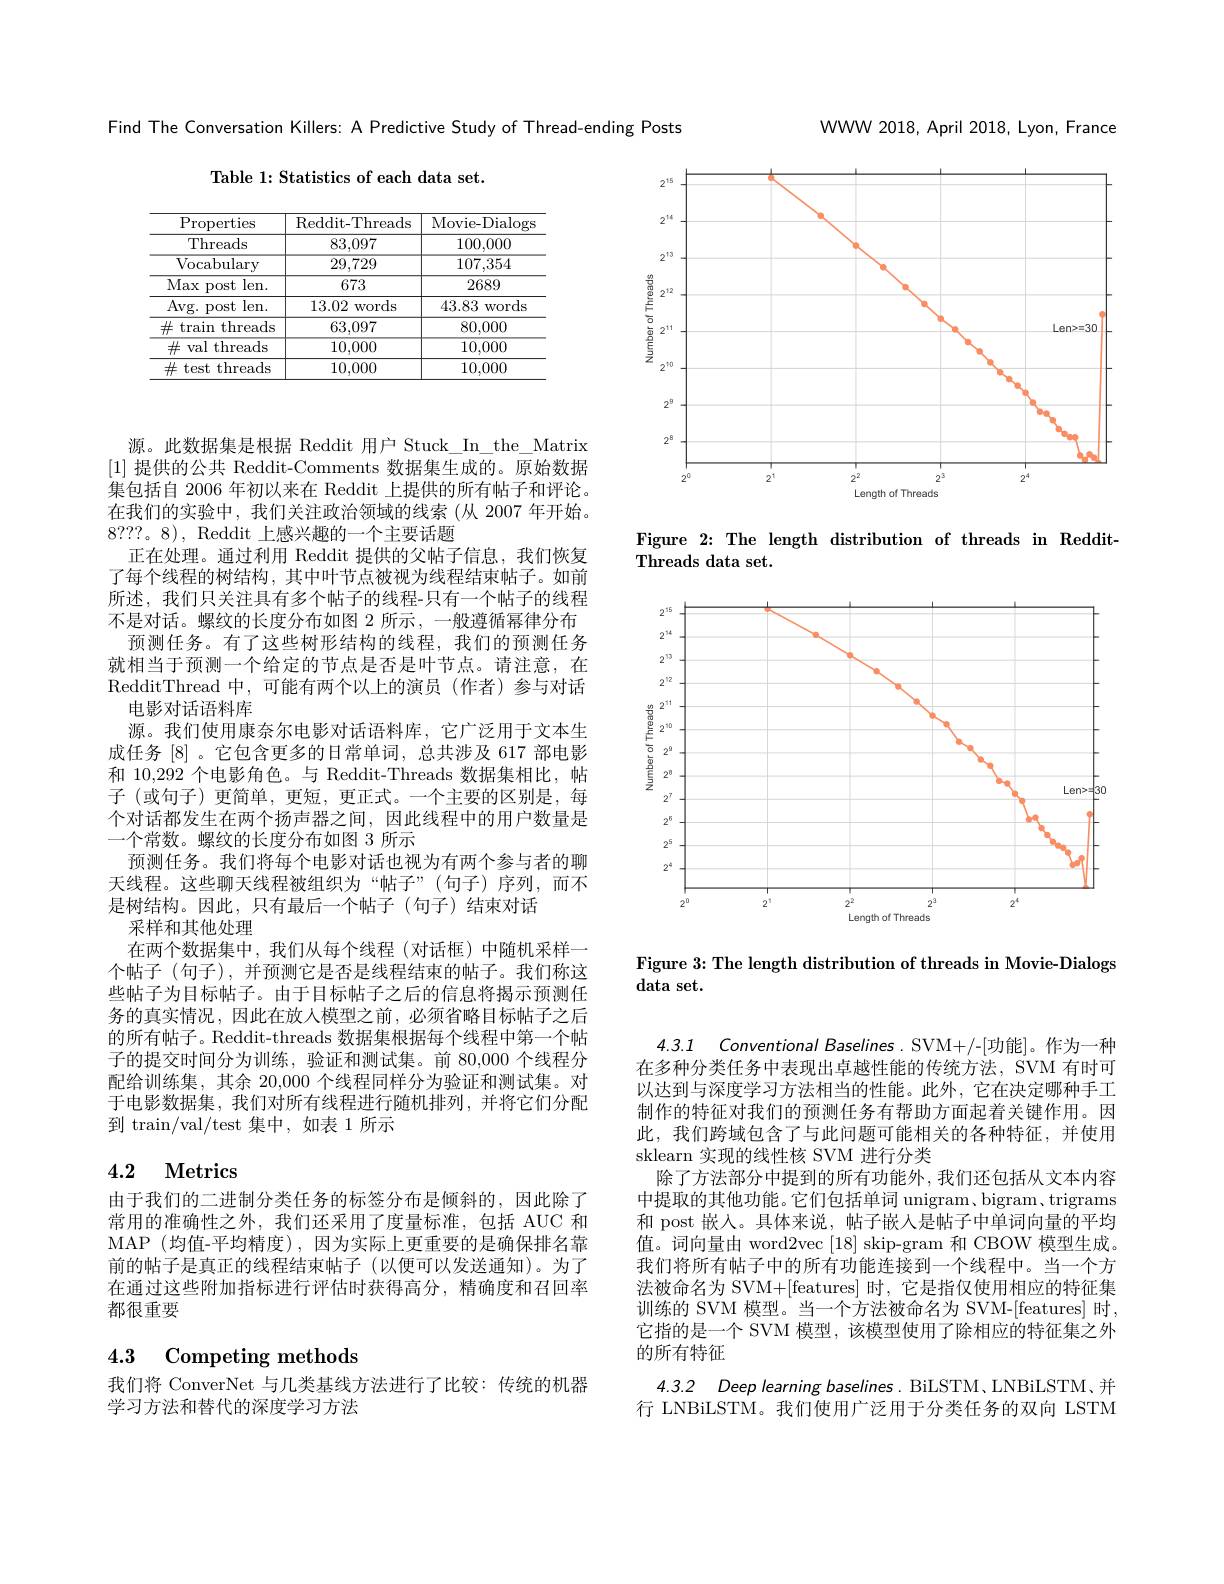
Table 1: Statistics of each data set.

<table>
	<tbody>
		<tr>
			<th>$\operatorname{Properties}$</th>
			<th>Reddit- Threads</th>
			<th>Movie- Dialogs</th>
		</tr>
		<tr>
			<td>Threads</td>
			<td>83,097</td>
			<td>100,000</td>
		</tr>
		<tr>
			<td>Vocabulary</td>
			<td>29,729</td>
			<td>107,354</td>
		</tr>
		<tr>
			<td>Max len. post $\because$</td>
			<td>673</td>
			<td>2689</td>
		</tr>
		<tr>
			<td>Avg. post $t$ len. 1</td>
			<td>13.02 words</td>
			<td>words 43.83 1</td>
		</tr>
		<tr>
			<td>井 $\tan$threads</td>
			<td>63,097</td>
			<td>80,000</td>
		</tr>
		<tr>
			<td>$\#$ val threads</td>
			<td>10,000</td>
			<td>10,000</td>
		</tr>
		<tr>
			<td>${\mathrm{~test~threads}}$ 井</td>
			<td>10,000</td>
			<td>10,000</td>
		</tr>
	</tbody>
</table>

源。此数据集是根据 Reddit 用户 Stuck\_In\_the\_Matrix [1]提供的公共 Reddit-Comments 数据集生成的。原始数据集包括自 2006 年初以来在 Reddit 上提供的所有帖子和评论。在我们的实验中，我们关注政治领域的线索(从 2007 年开始。8???。8), Reddit 上感兴趣的一个主要话题
正在处理。通过利用 Reddit 提供的父帖子信息，我们恢复了每个线程的树结构，其中叶节点被视为线程结束帖子。如前所述，我们只关注具有多个帖子的线程-只有一个帖子的线程不是对话。螺纹的长度分布如图 2 所示 , 一般遵循幂律分布
预测任务。有了这些树形结构的线程，我们的预测任务就相当于预测一个给定的节点是否是叶节点。请注意，在RedditThread 中，可能有两个以上的演员 (作者)参与对话
电影对话语料库
源。我们使用康奈尔电影对话语料库，它广泛用于文本生成任务[8] 。它包含更多的日常单词，总共涉及 617 部电影和 10,292 个电影角色。与 Reddit-Threads 数据集相比，帖子 (或句子) 更简单，更短，更正式。一个主要的区别是，每个对话都发生在两个扬声器之间，因此线程中的用户数量是一个常数。螺纹的长度分布如图 3 所示
预测任务。我们将每个电影对话也视为有两个参与者的聊天线程。这些聊天线程被组织为“帖子”(句子)序列，而不是树结构。因此，只有最后一个帖子(句子)结束对话
采样和其他处理
在两个数据集中，我们从每个线程(对话框)中随机采样一个帖子(句子),并预测它是否是线程结束的帖子。我们称这些帖子为目标帖子。由于目标帖子之后的信息将揭示预测任务的真实情况，因此在放入模型之前，必须省略目标帖子之后的所有帖子。Reddit-threads 数据集根据每个线程中第一个帖子的提交时间分为训练，验证和测试集。前 80,000 个线程分配给训练集，其余 20,000 个线程同样分为验证和测试集。对于电影数据集，我们对所有线程进行随机排列，并将它们分配到$\operatorname{train/val/test}$集中，如表 1所示

## 4.2 Metrics

由于我们的二进制分类任务的标签分布是倾斜的，因此除了常用的准确性之外，我们还采用了度量标准，包括 AUC 和MAP (均值-平均精度),因为实际上更重要的是确保排名靠前的帖子是真正的线程结束帖子(以便可以发送通知)。为了在通过这些附加指标进行评估时获得高分，精确度和召回率都很重要

## 4.3 Competing methods

我们将 ConverNet 与几类基线方法进行了比较：传统的机器
学习方法和替代的深度学习方法

WWW 2018, April 2018, Lyon, France

Find The Conversation Killers: A Predictive Study of Thread-ending Posts

<FigureHere>

Figure 2: The length distribution of threads in Reddit-
Threads data set.

<FigureHere>

Figure 3: The length distribution of threads in Movie-Dialogs
## $\textbf{data set}.$

4.3.1 Conventional Baselines. SVM+/-[功能]。作为一种在多种分类任务中表现出卓越性能的传统方法，SVM 有时可以达到与深度学习方法相当的性能。此外，它在决定哪种手工制作的特征对我们的预测任务有帮助方面起着关键作用。因此，我们跨域包含了与此问题可能相关的各种特征，并使用sklearn 实现的线性核 SVM 进行分类
除了方法部分中提到的所有功能外，我们还包括从文本内容中提取的其他功能。它们包括单词 unigram, bigram, trigrams 和 post 嵌入。具体来说，帖子嵌入是帖子中单词向量的平均值。词向量由 word2vec [18] skip-gram 和 CBOW 模型生成。我们将所有帖子中的所有功能连接到一个线程中。当一个方法被命名为 SVM+[features] 时，它是指仅使用相应的特征集训练的 SVM 模型。当一个方法被命名为 SVM-[features] 时， 它指的是一个 SVM 模型，该模型使用了除相应的特征集之外的所有特征

4.3.2 Deep learning baselines. BiLSTM、LNBiLSTM、并

行 LNBiLSTM。我们使用广泛用于分类任务的双向 LSTM